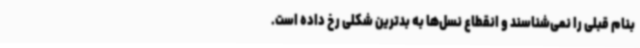
بنام قبلی را نمی‌شناسند و انقطاع نسل‌ها به بدترین شکلی رخ داده است.